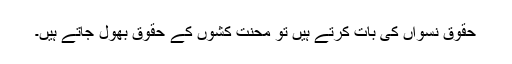
حقوق نسواں کی بات کرتے ہیں تو محنت کشوں کے حقوق بھول جاتے ہیں۔